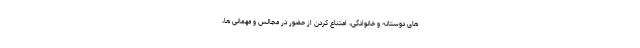
های دوستانه و خانوادگی، امتناع کردن از حضور در مجالس و مهمانی ها،